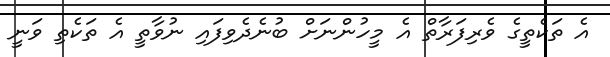
އެ ތަކެތީގެ ވެރިފަރާތް އެ މީހުންނަށް ބުނެދެވިފައި ނުވާތީ އެ ތަކެތި ވަނީ